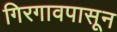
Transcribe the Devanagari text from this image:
गिरगावपासून